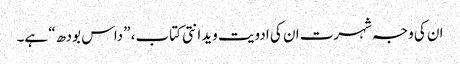
ان کی وجہ شہرت ان کی ادویت ویدانتی کتاب، ”داس بودھ“ ہے۔